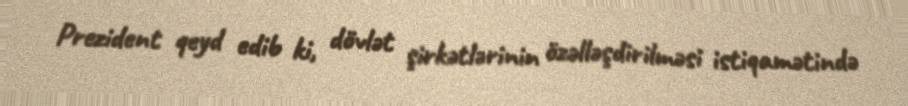
Prezident qeyd edib ki, dövlət şirkətlərinin özəlləşdirilməsi istiqamətində